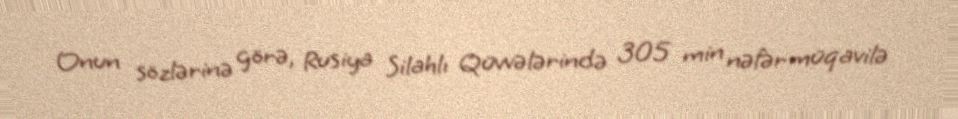
Onun sözlərinə görə, Rusiya Silahlı Qüvvələrində 305 min nəfər müqavilə